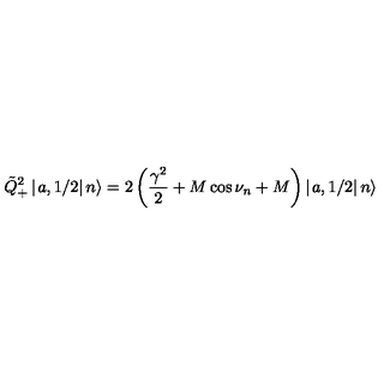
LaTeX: \tilde { Q } _ { + } ^ { 2 } \left| \left. a , 1 / 2 \right| n \right\rangle = 2 \left( \frac { \gamma ^ { 2 } } { 2 } + M \cos \nu _ { n } + M \right) \left| \left. a , 1 / 2 \right| n \right\rangle